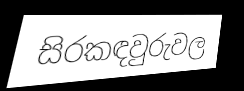
සිරකඳවුරුවල